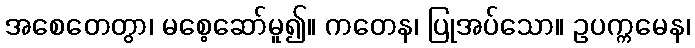
အစေတေတွာ၊ မစေ့ဆော်မူ၍။ ကတေန၊ ပြုအပ်သော။ ဥပက္ကမေန၊